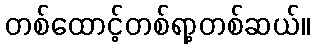
တစ်ထောင့်တစ်ရာ့တစ်ဆယ်။